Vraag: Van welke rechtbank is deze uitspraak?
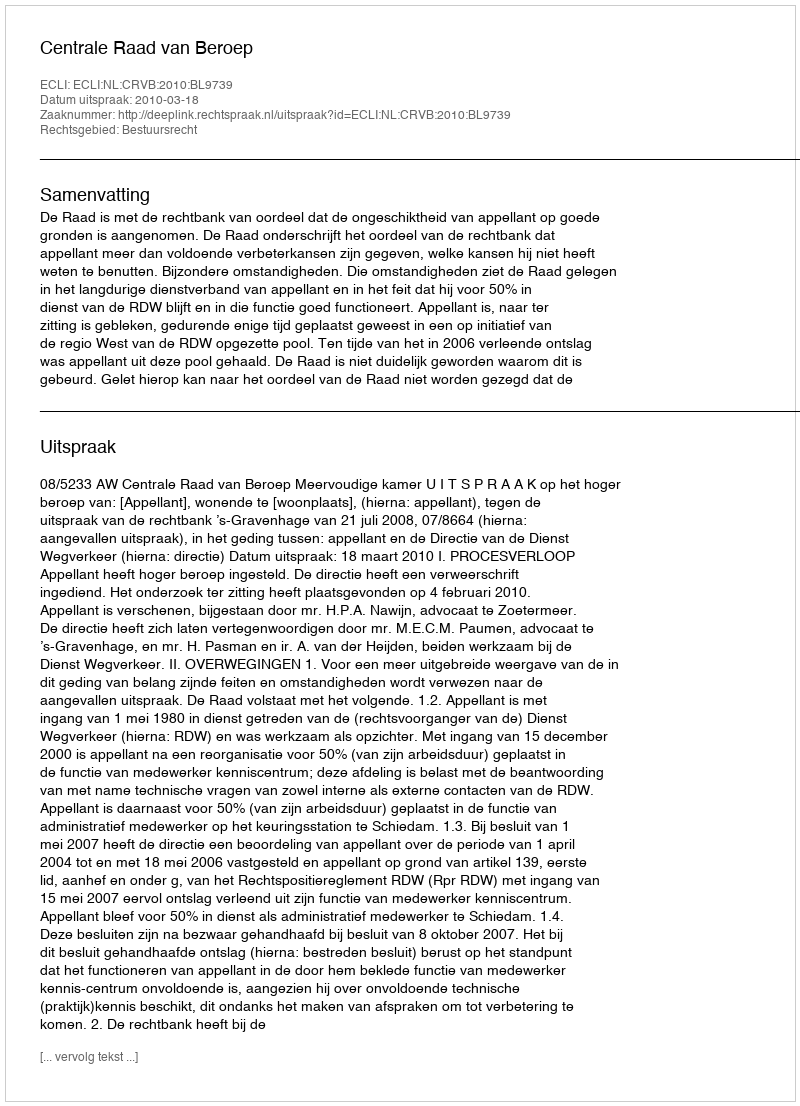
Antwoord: Centrale Raad van Beroep